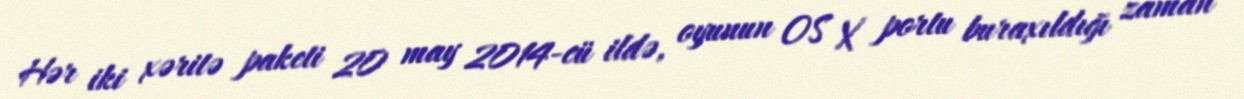
Hər iki xəritə paketi 20 may 2014-cü ildə, oyunun OS X portu buraxıldığı zaman